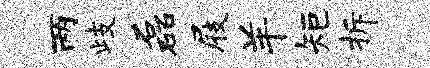
两歧磊屐羊矩拆